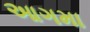
આગમા